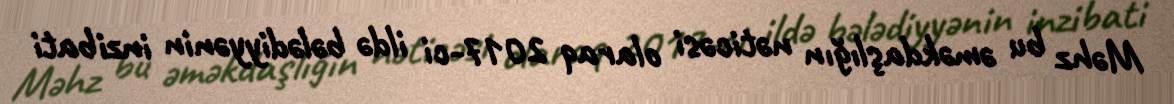
Məhz bu əməkdaşlığın nəticəsi olaraq 2017-ci ildə bələdiyyənin inzibati